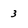
Character: 3